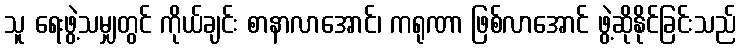
သူ ရေးဖွဲ့သမျှတွင် ကိုယ်ချင်း စာနာလာအောင်၊ ကရုဏာ ဖြစ်လာအောင် ဖွဲ့ဆိုနိုင်ခြင်းသည်